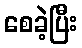
စေခဲ့ပြီး